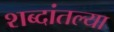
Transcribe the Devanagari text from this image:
शब्दांतल्या